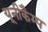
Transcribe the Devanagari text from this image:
यूनीकैम्प